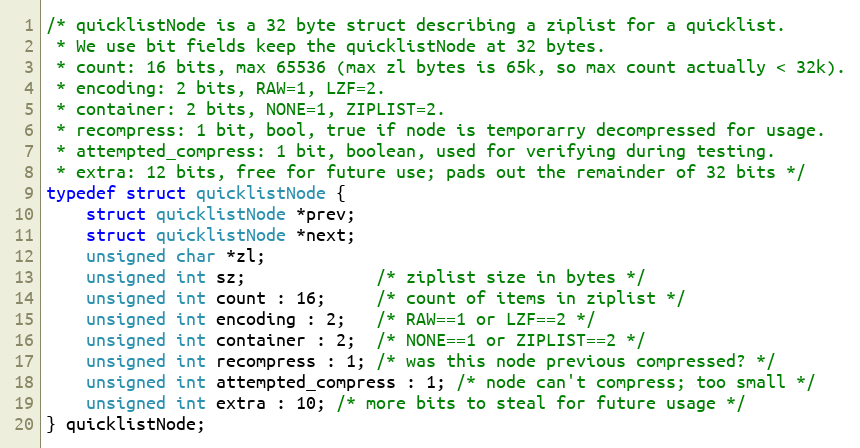
Language: C
/* quicklistNode is a 32 byte struct describing a ziplist for a quicklist.
 * We use bit fields keep the quicklistNode at 32 bytes.
 * count: 16 bits, max 65536 (max zl bytes is 65k, so max count actually < 32k).
 * encoding: 2 bits, RAW=1, LZF=2.
 * container: 2 bits, NONE=1, ZIPLIST=2.
 * recompress: 1 bit, bool, true if node is temporarry decompressed for usage.
 * attempted_compress: 1 bit, boolean, used for verifying during testing.
 * extra: 12 bits, free for future use; pads out the remainder of 32 bits */
typedef struct quicklistNode {
    struct quicklistNode *prev;
    struct quicklistNode *next;
    unsigned char *zl;
    unsigned int sz;             /* ziplist size in bytes */
    unsigned int count : 16;     /* count of items in ziplist */
    unsigned int encoding : 2;   /* RAW==1 or LZF==2 */
    unsigned int container : 2;  /* NONE==1 or ZIPLIST==2 */
    unsigned int recompress : 1; /* was this node previous compressed? */
    unsigned int attempted_compress : 1; /* node can't compress; too small */
    unsigned int extra : 10; /* more bits to steal for future usage */
} quicklistNode;